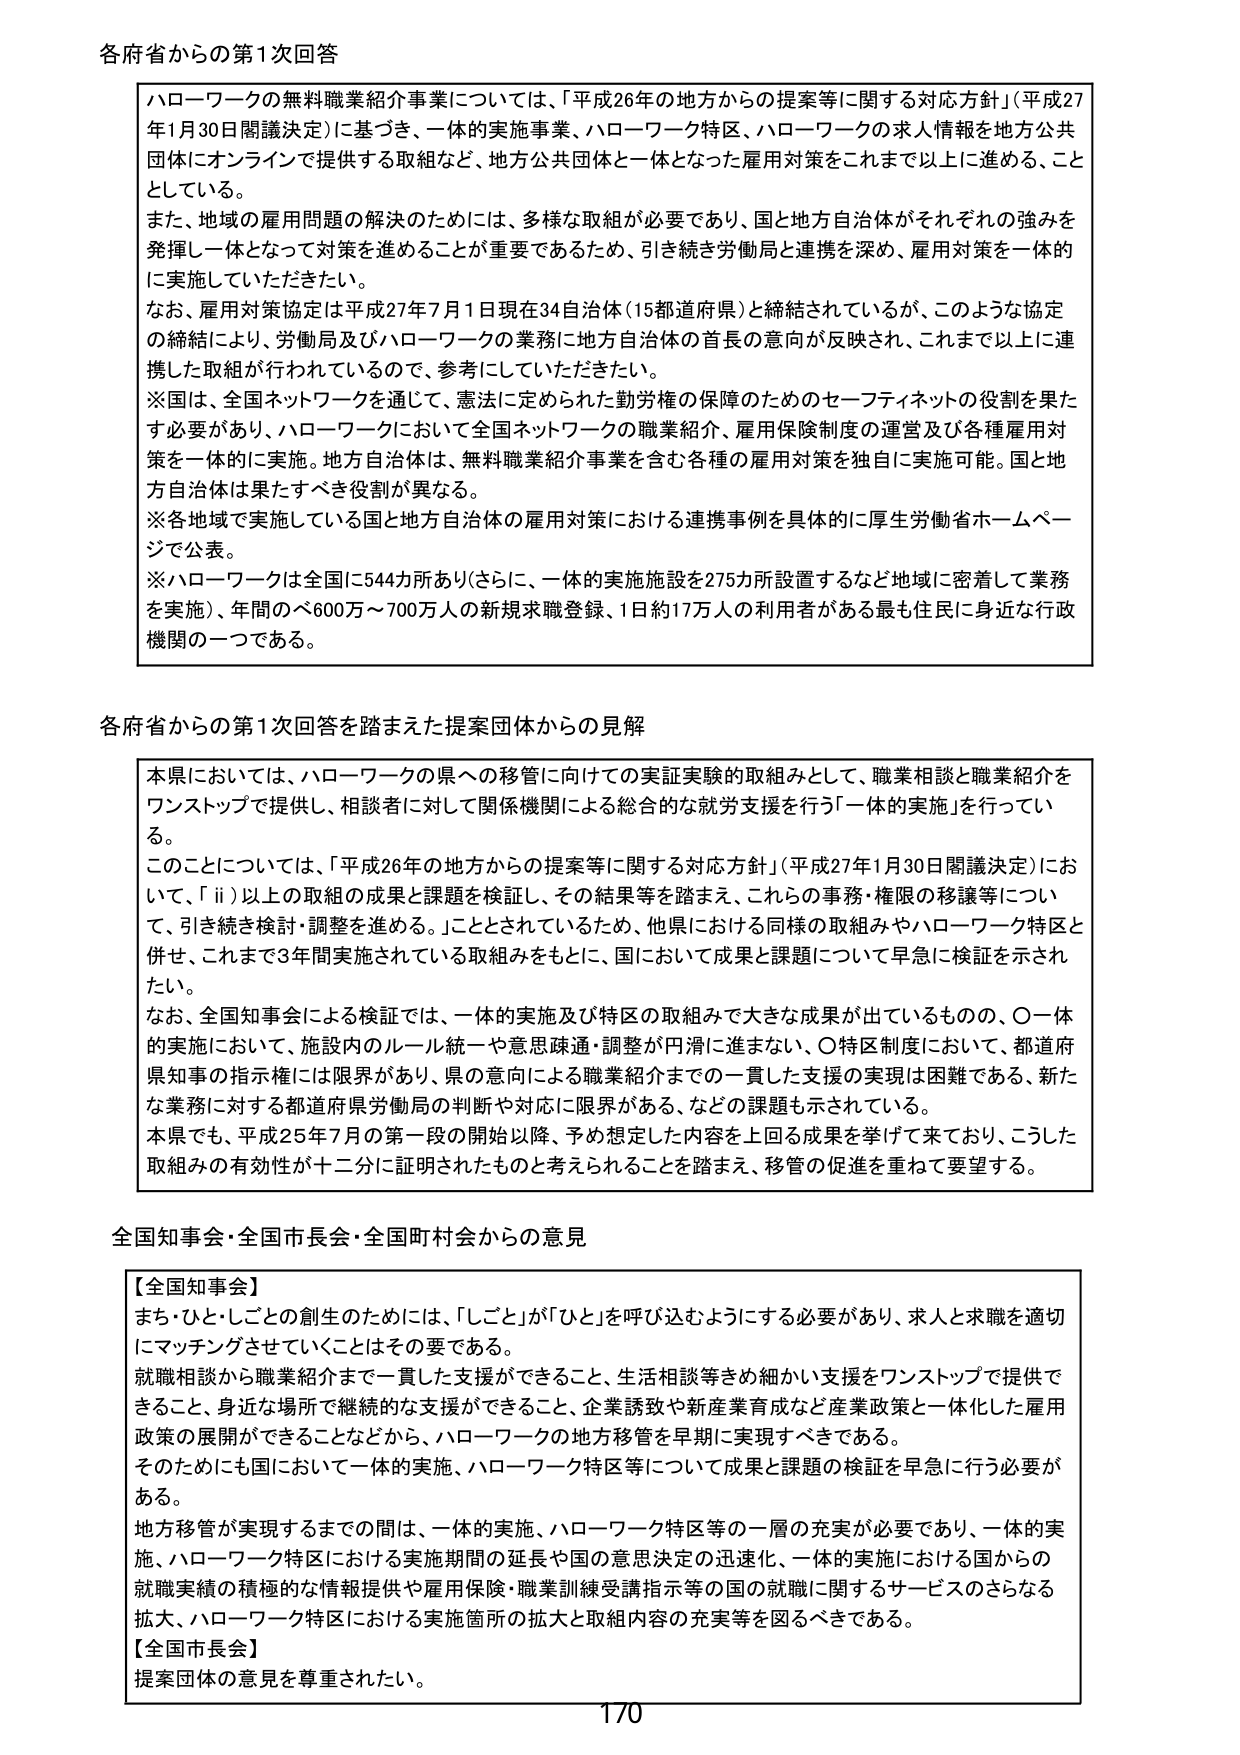
各府省からの第1次回答

ハローワークの無料職業紹介事業については、「平成26年の地方からの提案等に関する対応方針」（平成27年1月30日閣議決定）に基づき、一体的実施事業、ハローワーク特区、ハローワークの求人情報を地方公共団体にオンラインで提供する取組など、地方公共団体と一体となった雇用対策をこれまで以上に進める、こととしている。

また、地域の雇用問題の解決のためには、多様な取組が必要であり、国と地方自治体がそれぞれの強みを発揮し一体となって対策を進めることが重要であるため、引き続き労働局と連携を深め、雇用対策を一体的に実施していただきたい。

なお、雇用対策協定は平成27年7月1日現在34自治体（15都道府県）と締結されているが、このような協定の締結により、労働局及びハローワークの業務に地方自治体の首長の意向が反映され、これまで以上に連携した取組が行われているので、参考にしていただきたい。

※国は、全国ネットワークを通じて、憲法に定められた勤労権の保障のためのセーフティネットの役割を果たす必要があり、ハローワークにおいて全国ネットワークの職業紹介、雇用保険制度の運営及び各種雇用対策を一体的に実施。地方自治体は、無料職業紹介事業を含む各種の雇用対策を独自に実施可能。国と地方自治体は果たすべき役割が異なる。

※各地域で実施している国と地方自治体の雇用対策における連携事例を具体的に厚生労働省ホームページで公表。

※ハローワークは全国に544カ所あり（さらに、一体的実施施設を275カ所設置するなど地域に密着して業務を実施）、年間のべ600万～700万人の新規求職登録、1日約17万人の利用者がある最も住民に身近な行政機関の一つである。

各府省からの第1次回答を踏まえた提案団体からの見解

本県においては、ハローワークの県への移管に向けての実証実験的取組みとして、職業相談と職業紹介をワンストップで提供し、相談者に対して関係機関による総合的な就労支援を行う「一体的実施」を行っている。

このことについては、「平成26年の地方からの提案等に関する対応方針」（平成27年1月30日閣議決定）において、「ⅱ）以上の取組の成果と課題を検証し、その結果等を踏まえ、これらの事務・権限の移譲等について、引き続き検討・調整を進める。」とされているため、他県における同様の取組みやハローワーク特区と併せ、これまで3年間実施されている取組みをもとに、国において成果と課題について早急に検証を示されたい。

なお、全国知事会による検証では、一体的実施及び特区の取組みで大きな成果が出ているものの、○一体的実施において、施設内のルール統一や意思疎通・調整が円滑に進まない、○特区制度において、都道府県知事の指示権には限界があり、県の意向による職業紹介までの一貫した支援の実現は困難である、新たな業務に対する都道府県労働局の判断や対応に限界がある、などの課題も示されている。

本県でも、平成25年7月の第一段の開始以降、予想定した内容を上回る成果を挙げて来ており、こうした取組みの有効性が十二分に証明されたものと考えられることを踏まえ、移管の促進を重ねて要望する。

全国知事会・全国市長会・全国町村会からの意見

【全国知事会】
まち・ひと・しごとの創生のためには、「しごと」が「ひと」を呼び込むようにする必要があり、求人と求職を適切にマッチングさせていくことはその要である。

就職相談から職業紹介まで一貫した支援ができること、生活相談等きめ細かい支援をワンストップで提供できること、身近な場所で継続的な支援ができること、企業誘致や新産業育成など産業政策と一体化した雇用政策の展開ができることなどから、ハローワークの地方移管を早期に実現すべきである。

そのためにも国において一体的実施、ハローワーク特区等について成果と課題の検証を早急に行う必要がある。

地方移管が実現するまでの間は、一体的実施、ハローワーク特区等の一層の充実が必要であり、一体的実施、ハローワーク特区における実施期間の延長や国の意思決定の迅速化、一体的実施における国からの就職実績の積極的な情報提供や雇用保険・職業訓練受講指示等の国の就職に関するサービスのさらなる拡大、ハローワーク特区における実施箇所の拡大と取組内容の充実等を図るべきである。

【全国市長会】
提案団体の意見を尊重されたい。

170